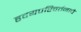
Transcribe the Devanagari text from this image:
हृदयपरिवर्तनाचे